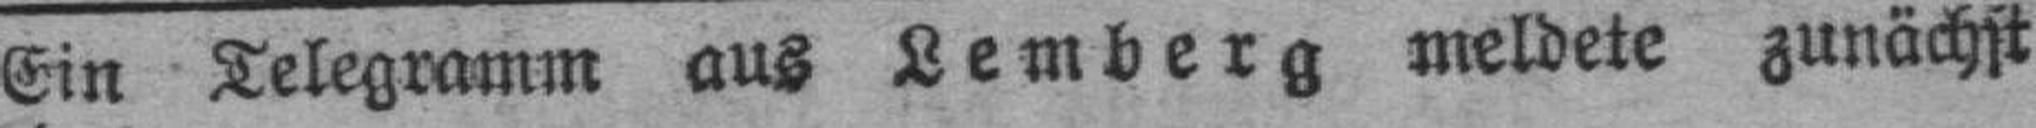
Ein Telegramm aus Lemberg meldete zunächst